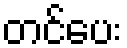
တင်ပေး